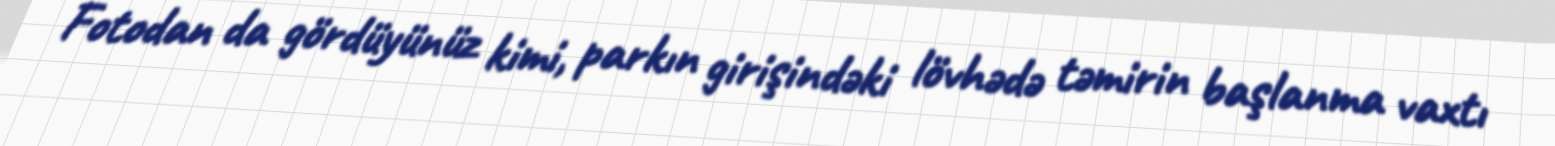
Fotodan da gördüyünüz kimi, parkın girişindəki lövhədə təmirin başlanma vaxtı